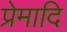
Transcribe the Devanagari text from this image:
प्रेमादि